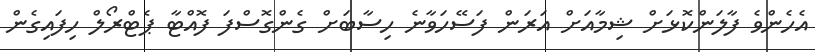
އެހެންވެ ފާލަންކޮޅަށް ޝިމާއަށް އަރަން ފަސޭހަވާނެ ހިސާބަށް ގެންގޮސްފަ ފޮއްޓާ ޕެޓްރޯލް ހިފައިގެން